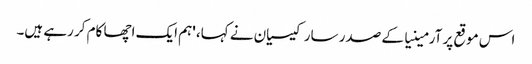
اس موقع پر آرمینیا کے صدر سارکیسیان نے کہا، 'ہم ایک اچھا کام کر رہے ہیں۔